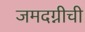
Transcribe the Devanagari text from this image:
जमदग्नीची